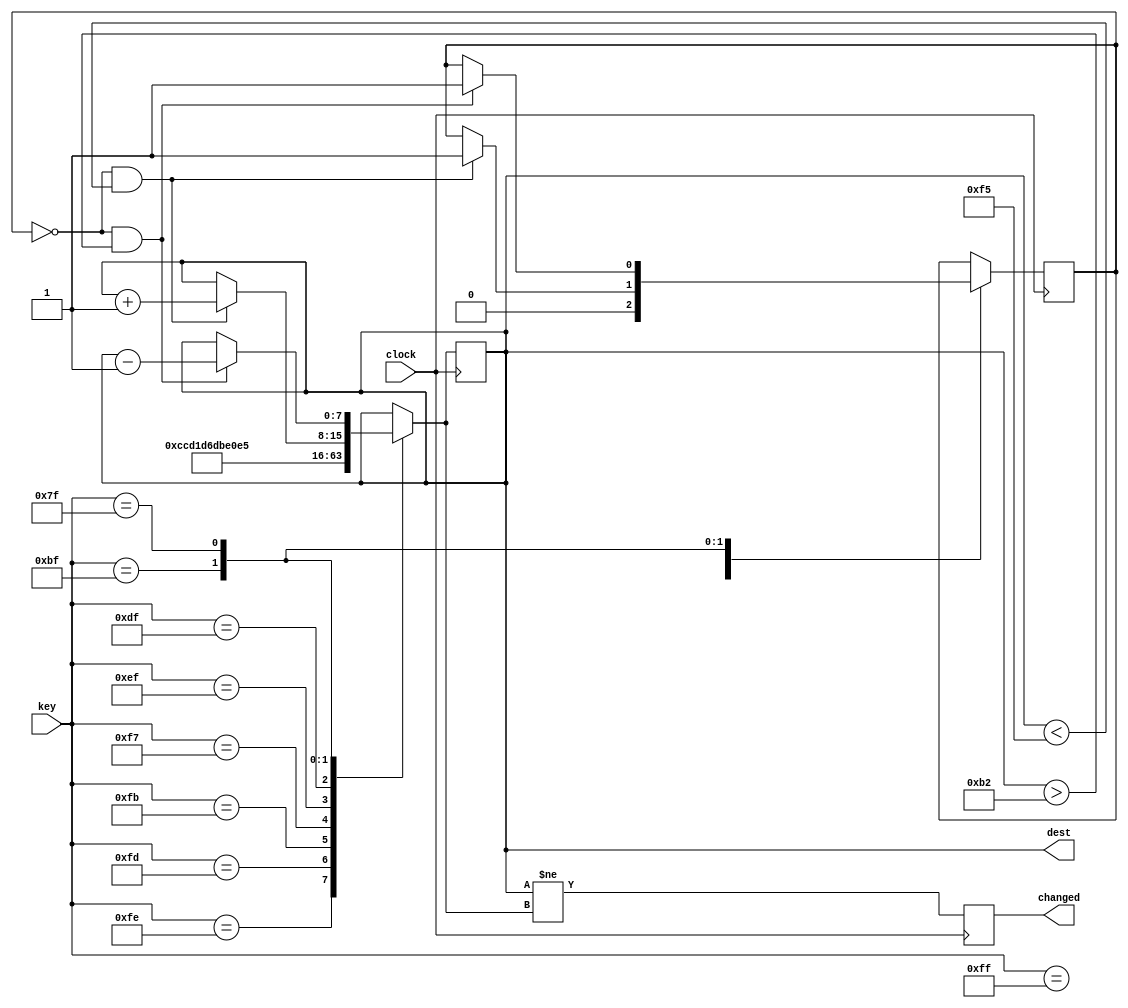
module DestSetting (clock, key, dest, changed);
	parameter MIN_DEST = 8'd178;
	parameter MAX_DEST = 8'd245;
	
	input clock;
	input [7:0] key;
	output reg [7:0] dest;
	output reg changed;
	reg [7:0] preDest;
	reg pressed;
	
	parameter INIT_DEST = 8'd204;
	
	initial begin
		preDest = INIT_DEST;
		dest = INIT_DEST;
		pressed = 1'b0;
		changed = 1'b0;
	end
	
	always @(posedge clock) begin
		preDest = dest;
		case (key)
			8'b11111111: pressed = 1'b0;
			8'b11111110: dest = 8'd204;
			8'b11111101: dest = 8'd209;
			8'b11111011: dest = 8'd214;
			8'b11110111: dest = 8'd219;
			8'b11101111: dest = 8'd224;
			8'b11011111: dest = 8'd229;
			8'b10111111: if (!pressed && dest < MAX_DEST) begin dest = dest + 1; pressed = 1'b1; end
			8'b01111111: if (!pressed && dest > MIN_DEST) begin dest = dest - 1; pressed = 1'b1; end
		endcase
		changed = preDest != dest;
	end
endmodule